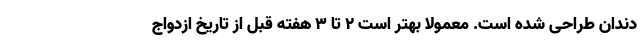
دندان طراحی شده است. معمولا بهتر است ۲ تا ۳ هفته قبل از تاریخ ازدواج